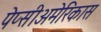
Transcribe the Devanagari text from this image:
पेप्सीअमेरिकास